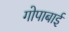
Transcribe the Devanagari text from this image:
गोपाबाई